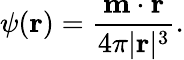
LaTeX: \psi(\mathbf{r})={\frac{\mathbf{m}\cdot\mathbf{r}}{4\pi|\mathbf{r}|^{3}}}.